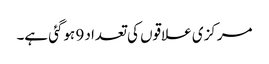
مرکزی علاقوں کی تعداد 9 ہوگئی ہے۔